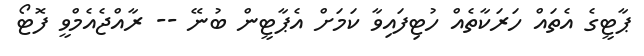
ޕާޓީގެ އެތައް ހަރަކާތެއް ހުޓިފައިވާ ކަމަށް އެޕާޓީން ބުނޭ -- ރާއްޖެއެމްވީ ފޮޓޯ